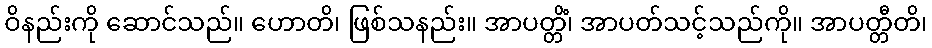
ဝိနည်းကို ဆောင်သည်။ ဟောတိ၊ ဖြစ်သနည်း။ အာပတ္တိံ၊ အာပတ်သင့်သည်ကို။ အာပတ္တီတိ၊